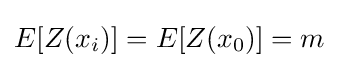
E[Z(x_{i})]=E[Z(x_{0})]=m